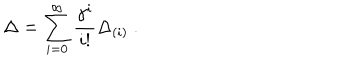
LaTeX: \Delta = \sum _ { i = 0 } ^ { \infty } \frac { \gamma ^ { i } } { i ! } \Delta _ { ( i ) } ~ .